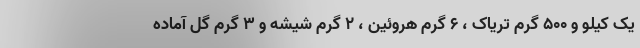
یک کیلو و ۵۰۰ گرم تریاک ، ۶ گرم هروئین ، ۲ گرم شیشه و ۳ گرم گل آماده